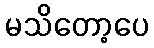
မသိတော့ပေ